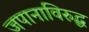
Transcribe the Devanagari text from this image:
जपानाविरुद्ध